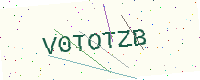
Text: V0TOTZB